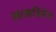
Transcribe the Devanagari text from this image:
काव्यविशेष